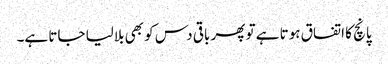
پانچ کا اتفاق ہوتا ہے تو پھر باقی دس کو بھی بلالیا جاتا ہے۔